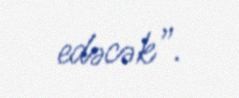
edəcək”.